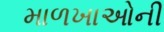
માળખાઓની